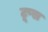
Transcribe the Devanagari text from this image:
टूप्स